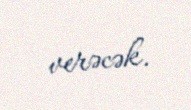
verəcək.